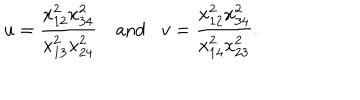
LaTeX: u = \frac { x _ { 1 2 } ^ { 2 } x _ { 3 4 } ^ { 2 } } { x _ { 1 3 } ^ { 2 } x _ { 2 4 } ^ { 2 } } \, \, \, \, \, \, \mathrm { a n d } \, \, \, \, \, v = \frac { x _ { 1 2 } ^ { 2 } x _ { 3 4 } ^ { 2 } } { x _ { 1 4 } ^ { 2 } x _ { 2 3 } ^ { 2 } } .